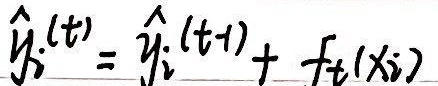
\(\hat{y}_i^{(t)} = \hat{y}_i^{(t-1)} + f_t'(x_i)\)